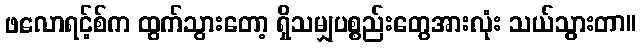
ဖလောရင့်စ်က ထွက်သွားတော့ ရှိသမျှပစ္စည်းတွေအားလုံး သယ်သွားတာ။